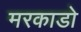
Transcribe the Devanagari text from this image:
मरकाडो